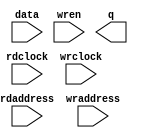
// megafunction wizard: %RAM: 2-PORT%VBB%
// GENERATION: STANDARD
// VERSION: WM1.0
// MODULE: altsyncram 

// ============================================================
// Megafunction Name(s):
// 			altsyncram
//
// Simulation Library Files(s):
// 			altera_mf
// ============================================================
// ************************************************************
// THIS IS A WIZARD-GENERATED FILE. DO NOT EDIT THIS FILE!
//
// 16.1.2 Build 203 01/18/2017 SJ Standard Edition
// ************************************************************

//Copyright (C) 2017  Intel Corporation. All rights reserved.
//Your use of Intel Corporation's design tools, logic functions 
//and other software and tools, and its AMPP partner logic 
//functions, and any output files from any of the foregoing 
//(including device programming or simulation files), and any 
//associated documentation or information are expressly subject 
//to the terms and conditions of the Intel Program License 
//Subscription Agreement, the Intel Quartus Prime License Agreement,
//the Intel MegaCore Function License Agreement, or other 
//applicable license agreement, including, without limitation, 
//that your use is for the sole purpose of programming logic 
//devices manufactured by Intel and sold by Intel or its 
//authorized distributors.  Please refer to the applicable 
//agreement for further details.

module int_line (
	data,
	rdaddress,
	rdclock,
	wraddress,
	wrclock,
	wren,
	q);

	input	[9:0]  data;
	input	[11:0]  rdaddress;
	input	  rdclock;
	input	[11:0]  wraddress;
	input	  wrclock;
	input	  wren;
	output	[9:0]  q;
`ifndef ALTERA_RESERVED_QIS
// synopsys translate_off
`endif
	tri1	  wrclock;
	tri0	  wren;
`ifndef ALTERA_RESERVED_QIS
// synopsys translate_on
`endif

endmodule

// ============================================================
// CNX file retrieval info
// ============================================================
// Retrieval info: PRIVATE: ADDRESSSTALL_A NUMERIC "0"
// Retrieval info: PRIVATE: ADDRESSSTALL_B NUMERIC "0"
// Retrieval info: PRIVATE: BYTEENA_ACLR_A NUMERIC "0"
// Retrieval info: PRIVATE: BYTEENA_ACLR_B NUMERIC "0"
// Retrieval info: PRIVATE: BYTE_ENABLE_A NUMERIC "0"
// Retrieval info: PRIVATE: BYTE_ENABLE_B NUMERIC "0"
// Retrieval info: PRIVATE: BYTE_SIZE NUMERIC "8"
// Retrieval info: PRIVATE: BlankMemory NUMERIC "1"
// Retrieval info: PRIVATE: CLOCK_ENABLE_INPUT_A NUMERIC "0"
// Retrieval info: PRIVATE: CLOCK_ENABLE_INPUT_B NUMERIC "0"
// Retrieval info: PRIVATE: CLOCK_ENABLE_OUTPUT_A NUMERIC "0"
// Retrieval info: PRIVATE: CLOCK_ENABLE_OUTPUT_B NUMERIC "0"
// Retrieval info: PRIVATE: CLRdata NUMERIC "0"
// Retrieval info: PRIVATE: CLRq NUMERIC "0"
// Retrieval info: PRIVATE: CLRrdaddress NUMERIC "0"
// Retrieval info: PRIVATE: CLRrren NUMERIC "0"
// Retrieval info: PRIVATE: CLRwraddress NUMERIC "0"
// Retrieval info: PRIVATE: CLRwren NUMERIC "0"
// Retrieval info: PRIVATE: Clock NUMERIC "1"
// Retrieval info: PRIVATE: Clock_A NUMERIC "0"
// Retrieval info: PRIVATE: Clock_B NUMERIC "0"
// Retrieval info: PRIVATE: IMPLEMENT_IN_LES NUMERIC "0"
// Retrieval info: PRIVATE: INDATA_ACLR_B NUMERIC "0"
// Retrieval info: PRIVATE: INDATA_REG_B NUMERIC "0"
// Retrieval info: PRIVATE: INIT_FILE_LAYOUT STRING "PORT_B"
// Retrieval info: PRIVATE: INIT_TO_SIM_X NUMERIC "0"
// Retrieval info: PRIVATE: INTENDED_DEVICE_FAMILY STRING "Cyclone V"
// Retrieval info: PRIVATE: JTAG_ENABLED NUMERIC "0"
// Retrieval info: PRIVATE: JTAG_ID STRING "NONE"
// Retrieval info: PRIVATE: MAXIMUM_DEPTH NUMERIC "0"
// Retrieval info: PRIVATE: MEMSIZE NUMERIC "40960"
// Retrieval info: PRIVATE: MEM_IN_BITS NUMERIC "0"
// Retrieval info: PRIVATE: MIFfilename STRING ""
// Retrieval info: PRIVATE: OPERATION_MODE NUMERIC "2"
// Retrieval info: PRIVATE: OUTDATA_ACLR_B NUMERIC "0"
// Retrieval info: PRIVATE: OUTDATA_REG_B NUMERIC "0"
// Retrieval info: PRIVATE: RAM_BLOCK_TYPE NUMERIC "0"
// Retrieval info: PRIVATE: READ_DURING_WRITE_MODE_MIXED_PORTS NUMERIC "2"
// Retrieval info: PRIVATE: READ_DURING_WRITE_MODE_PORT_A NUMERIC "3"
// Retrieval info: PRIVATE: READ_DURING_WRITE_MODE_PORT_B NUMERIC "3"
// Retrieval info: PRIVATE: REGdata NUMERIC "1"
// Retrieval info: PRIVATE: REGq NUMERIC "1"
// Retrieval info: PRIVATE: REGrdaddress NUMERIC "1"
// Retrieval info: PRIVATE: REGrren NUMERIC "1"
// Retrieval info: PRIVATE: REGwraddress NUMERIC "1"
// Retrieval info: PRIVATE: REGwren NUMERIC "1"
// Retrieval info: PRIVATE: SYNTH_WRAPPER_GEN_POSTFIX STRING "0"
// Retrieval info: PRIVATE: USE_DIFF_CLKEN NUMERIC "0"
// Retrieval info: PRIVATE: UseDPRAM NUMERIC "1"
// Retrieval info: PRIVATE: VarWidth NUMERIC "0"
// Retrieval info: PRIVATE: WIDTH_READ_A NUMERIC "10"
// Retrieval info: PRIVATE: WIDTH_READ_B NUMERIC "10"
// Retrieval info: PRIVATE: WIDTH_WRITE_A NUMERIC "10"
// Retrieval info: PRIVATE: WIDTH_WRITE_B NUMERIC "10"
// Retrieval info: PRIVATE: WRADDR_ACLR_B NUMERIC "0"
// Retrieval info: PRIVATE: WRADDR_REG_B NUMERIC "0"
// Retrieval info: PRIVATE: WRCTRL_ACLR_B NUMERIC "0"
// Retrieval info: PRIVATE: enable NUMERIC "0"
// Retrieval info: PRIVATE: rden NUMERIC "0"
// Retrieval info: LIBRARY: altera_mf altera_mf.altera_mf_components.all
// Retrieval info: CONSTANT: ADDRESS_ACLR_B STRING "NONE"
// Retrieval info: CONSTANT: ADDRESS_REG_B STRING "CLOCK1"
// Retrieval info: CONSTANT: CLOCK_ENABLE_INPUT_A STRING "BYPASS"
// Retrieval info: CONSTANT: CLOCK_ENABLE_INPUT_B STRING "BYPASS"
// Retrieval info: CONSTANT: CLOCK_ENABLE_OUTPUT_B STRING "BYPASS"
// Retrieval info: CONSTANT: INTENDED_DEVICE_FAMILY STRING "Cyclone V"
// Retrieval info: CONSTANT: LPM_TYPE STRING "altsyncram"
// Retrieval info: CONSTANT: NUMWORDS_A NUMERIC "4096"
// Retrieval info: CONSTANT: NUMWORDS_B NUMERIC "4096"
// Retrieval info: CONSTANT: OPERATION_MODE STRING "DUAL_PORT"
// Retrieval info: CONSTANT: OUTDATA_ACLR_B STRING "NONE"
// Retrieval info: CONSTANT: OUTDATA_REG_B STRING "UNREGISTERED"
// Retrieval info: CONSTANT: POWER_UP_UNINITIALIZED STRING "FALSE"
// Retrieval info: CONSTANT: WIDTHAD_A NUMERIC "12"
// Retrieval info: CONSTANT: WIDTHAD_B NUMERIC "12"
// Retrieval info: CONSTANT: WIDTH_A NUMERIC "10"
// Retrieval info: CONSTANT: WIDTH_B NUMERIC "10"
// Retrieval info: CONSTANT: WIDTH_BYTEENA_A NUMERIC "1"
// Retrieval info: USED_PORT: data 0 0 10 0 INPUT NODEFVAL "data[9..0]"
// Retrieval info: USED_PORT: q 0 0 10 0 OUTPUT NODEFVAL "q[9..0]"
// Retrieval info: USED_PORT: rdaddress 0 0 12 0 INPUT NODEFVAL "rdaddress[11..0]"
// Retrieval info: USED_PORT: rdclock 0 0 0 0 INPUT NODEFVAL "rdclock"
// Retrieval info: USED_PORT: wraddress 0 0 12 0 INPUT NODEFVAL "wraddress[11..0]"
// Retrieval info: USED_PORT: wrclock 0 0 0 0 INPUT VCC "wrclock"
// Retrieval info: USED_PORT: wren 0 0 0 0 INPUT GND "wren"
// Retrieval info: CONNECT: @address_a 0 0 12 0 wraddress 0 0 12 0
// Retrieval info: CONNECT: @address_b 0 0 12 0 rdaddress 0 0 12 0
// Retrieval info: CONNECT: @clock0 0 0 0 0 wrclock 0 0 0 0
// Retrieval info: CONNECT: @clock1 0 0 0 0 rdclock 0 0 0 0
// Retrieval info: CONNECT: @data_a 0 0 10 0 data 0 0 10 0
// Retrieval info: CONNECT: @wren_a 0 0 0 0 wren 0 0 0 0
// Retrieval info: CONNECT: q 0 0 10 0 @q_b 0 0 10 0
// Retrieval info: GEN_FILE: TYPE_NORMAL int_line.v TRUE
// Retrieval info: GEN_FILE: TYPE_NORMAL int_line.inc FALSE
// Retrieval info: GEN_FILE: TYPE_NORMAL int_line.cmp FALSE
// Retrieval info: GEN_FILE: TYPE_NORMAL int_line.bsf FALSE
// Retrieval info: GEN_FILE: TYPE_NORMAL int_line_inst.v FALSE
// Retrieval info: GEN_FILE: TYPE_NORMAL int_line_bb.v TRUE
// Retrieval info: LIB_FILE: altera_mf